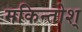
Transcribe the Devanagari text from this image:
मकिन्तोश्